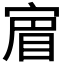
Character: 𡩏